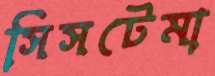
সিসটেমা